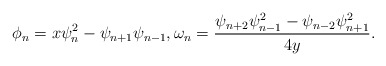
\begin{align*} \phi_{n}=x\psi_{n}^{2}-\psi_{n+1}\psi_{n-1}, \omega_{n}=\frac{\psi_{n+2}\psi_{n-1}^{2}-\psi_{n-2}\psi_{n+1}^{2}}{4y}. \end{align*}